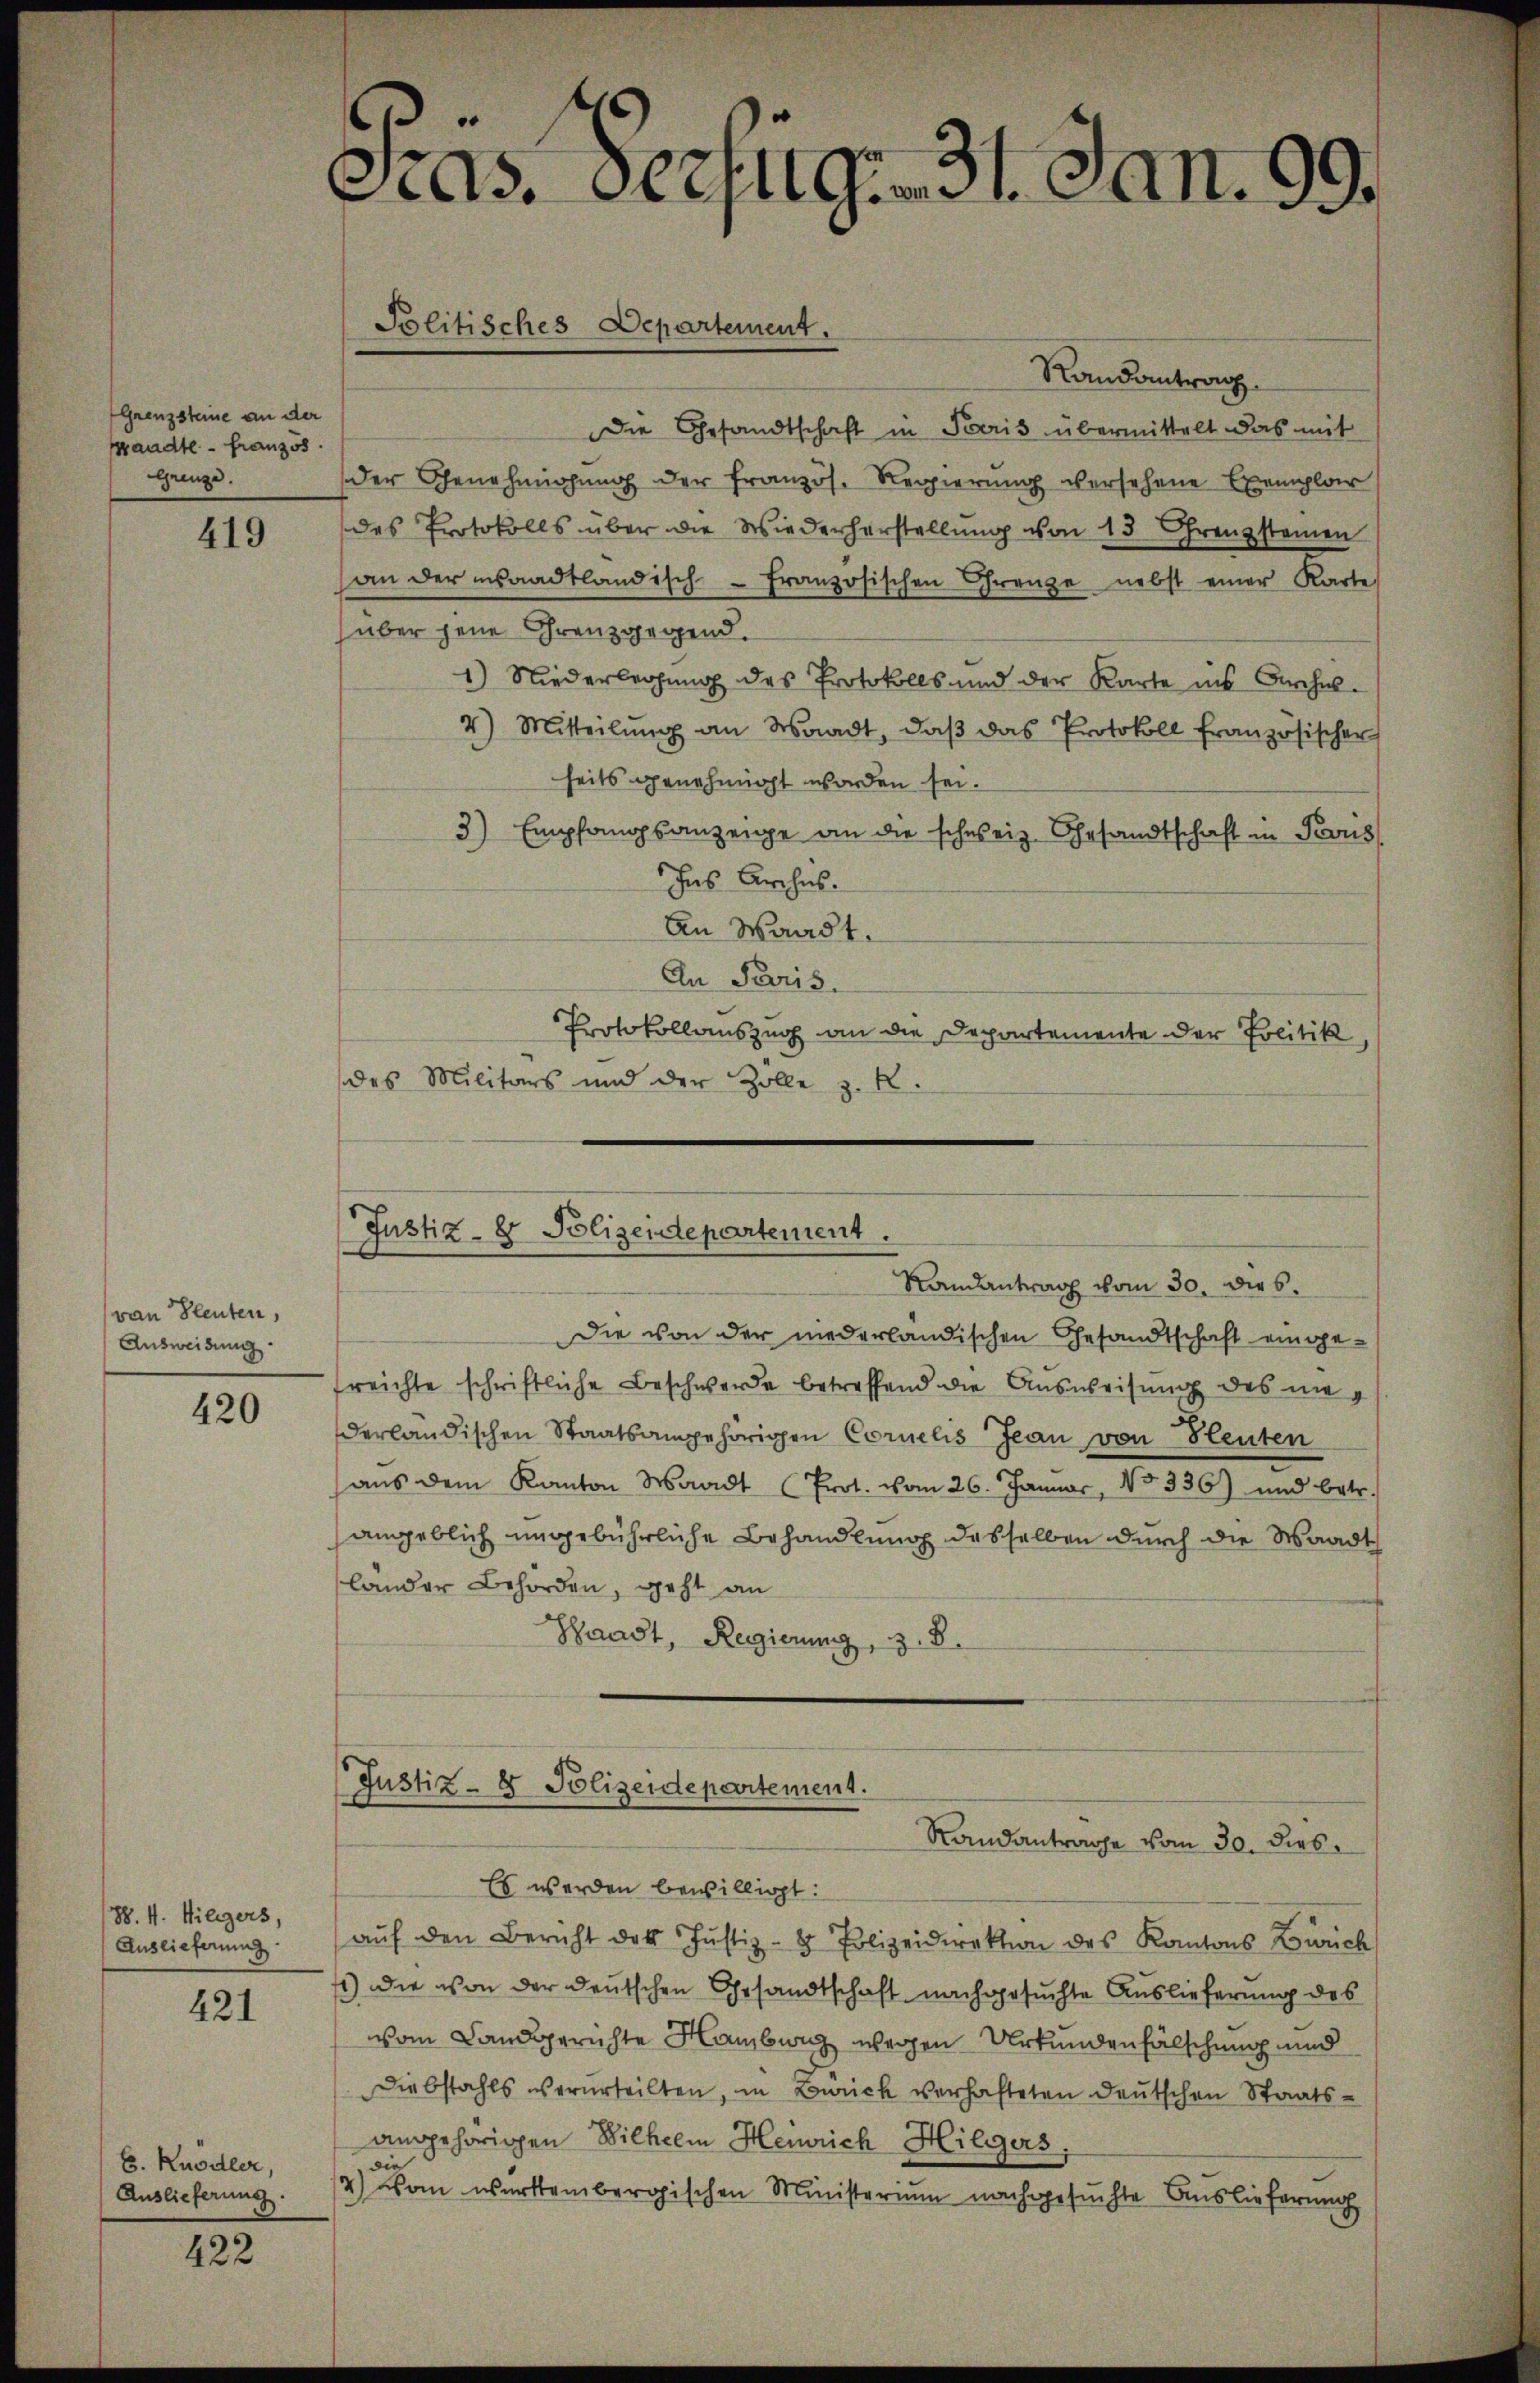
Grenzsteine an der
sandte - französ
Grenze.

419

von Bleuten,
Ausweisung

420

88. 4. Wieizers,
Auslieferung

421

E. Knödler,
Auslieferung.

422

e
Cas. Derjug: 31. Jan. 99.

Randantrag
Die Gesandtschaft in Paris übermittelt das mit
der Genehmigung der französ. Regierung versehene Exemplar
des Protokolls über die Wiederherstellŭng von 13 Grenzsteinen
an der waadtländisch-Französischen Grenze nebst einer Karte
über jene Grenzgegend.
1) Niederleihung des Protokolls und der Karte ins Buchel¬
4) Mitteilŭng an Waadt, daβ das Protokoll französischer
heits genehmigt worden sei.
3) Empfangsanzeige an die schweiz. Gesandtschaft in Prous
Ins Archis.
An Waadt.
An Paris.
Protokollauszug an die Departemente der Politik,
des Militärs und der Zolle z. B.
Die von der niederländischen Gesandtschaft eingefreichte schriftliche Beschwerde betreffend die Ausweisung des mitg
derländischen Staatsangehörigen Cornelis Jean von Bleuten
aŭs dem Kanton Waadt (Prot. vom 26. Januar, No 336) und betr.
angeblich ungebührliche Behandlung desselben durch die Waadt
lander Behörden, geht an
Waadt, Regierung, z. B.
(Justiz- & Polizeidepartement.
Standantrage vom 30. dies
Es werden bewilligt:
aŭf den Bericht des Justiz- & Polizeidirektion des Kantons Zürich
) Die von der deutschen Gesandtschaft nachgesuchte Auslieferung des
vom Landgerichte Hamburg wegen Urkundenfälschung und
Diebstahls verurteilten, in Zürich verhafteten Deutschen Staatsangehörigen Wilhelm Heinrich Hiligers
die
2) von württembergischen Ministerium nachgesuchte Auslieferung

Politisches Departement.

Justiz- & Polizeidepartement.
Randantrag vom 30. die s.